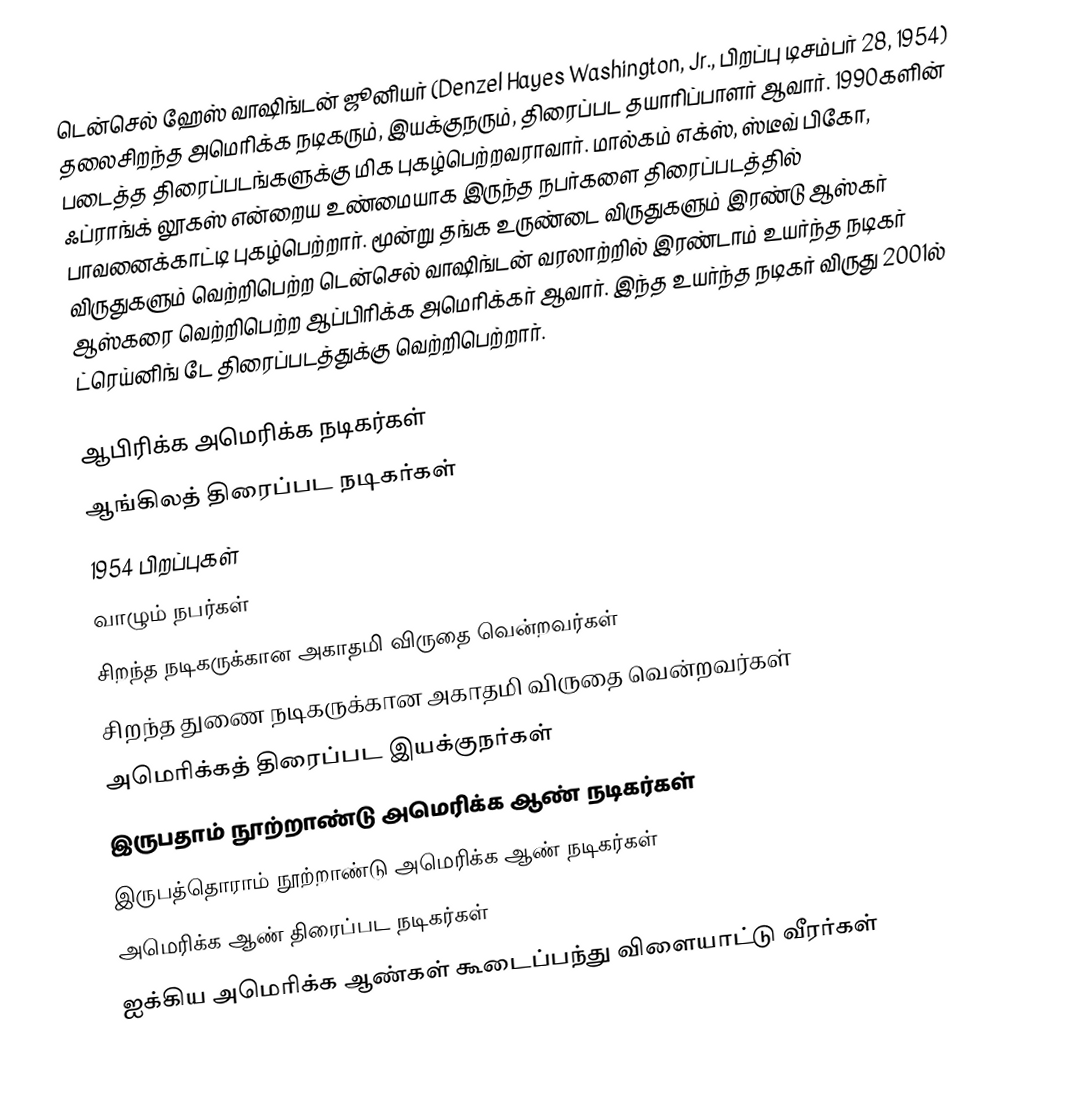
டென்செல் ஹேஸ் வாஷிங்டன் ஜூனியர் (Denzel Hayes Washington, Jr., பிறப்பு டிசம்பர் 28, 1954) தலைசிறந்த அமெரிக்க நடிகரும், இயக்குநரும், திரைப்பட தயாரிப்பாளர் ஆவார். 1990களின் படைத்த திரைப்படங்களுக்கு மிக புகழ்பெற்றவராவார். மால்கம் எக்ஸ், ஸ்டீவ் பிகோ, ஃப்ராங்க் லூகஸ் என்றைய உண்மையாக இருந்த நபர்களை திரைப்படத்தில் பாவனைக்காட்டி புகழ்பெற்றார். மூன்று தங்க உருண்டை விருதுகளும் இரண்டு ஆஸ்கர் விருதுகளும் வெற்றிபெற்ற டென்செல் வாஷிங்டன் வரலாற்றில் இரண்டாம் உயர்ந்த நடிகர் ஆஸ்கரை வெற்றிபெற்ற ஆப்பிரிக்க அமெரிக்கர் ஆவார். இந்த உயர்ந்த நடிகர் விருது 2001ல் ட்ரெய்னிங் டே திரைப்படத்துக்கு வெற்றிபெற்றார்.

ஆபிரிக்க அமெரிக்க நடிகர்கள்
ஆங்கிலத் திரைப்பட நடிகர்கள்
1954 பிறப்புகள்
வாழும் நபர்கள்
சிறந்த நடிகருக்கான அகாதமி விருதை வென்றவர்கள்
சிறந்த துணை நடிகருக்கான அகாதமி விருதை வென்றவர்கள்
அமெரிக்கத் திரைப்பட இயக்குநர்கள்
இருபதாம் நூற்றாண்டு அமெரிக்க ஆண் நடிகர்கள்
இருபத்தொராம் நூற்றாண்டு அமெரிக்க ஆண் நடிகர்கள்
அமெரிக்க ஆண் திரைப்பட நடிகர்கள்
ஐக்கிய அமெரிக்க ஆண்கள் கூடைப்பந்து விளையாட்டு வீரர்கள்